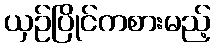
ယှဉ်ပြိုင်ကစားမည့်